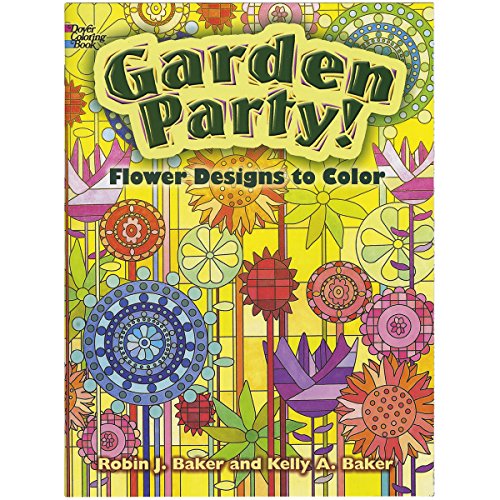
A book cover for Garden Party!: Flower Designs to Color (Dover Nature Coloring Book); Kelly A. Baker; Science & Math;